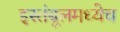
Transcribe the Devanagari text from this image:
इस्तंबूलमध्येच